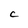
Character: C